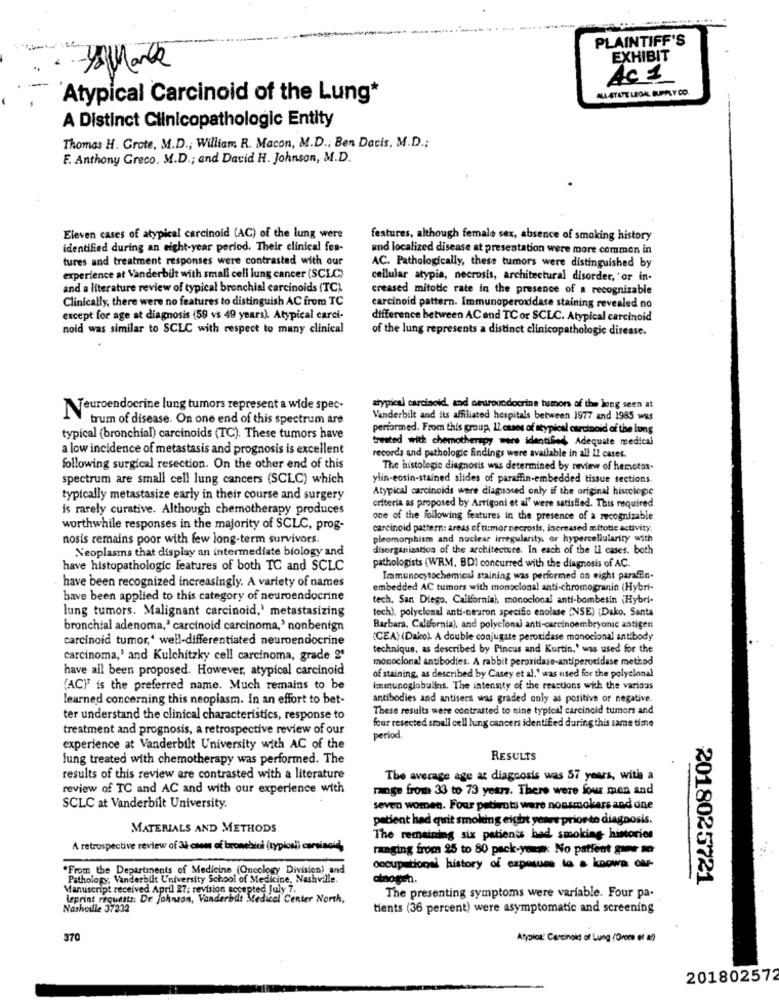
PLAINTIFF'S
EXHIBIT
AC 1
ALA STATE LEGAL SUPPLY CO.
Atypical Carcinoid of the Lung*
A Distinct Clinicopathologic Entity
Thomas H. Grote, M.D .; William R. Macon, M.D ., Ben Davis. M.D .;
F. Anthony Greco, M.D .; and David H. Johnson, M.D.
Eleven cases of atypical carcinoid (AC) of the lung were
features, although female sex, absence of smoking history
identified during an eight-year period. Their clinical fea-
und localized disease at presentation were more common in
tures and treatment responses were contrasted with our
AC. Pathologically, these tumors were distinguished by
experience at Vanderbilt with small cell lung cancer (SCLC)
cellular atypia, necrosis, architectural disorder, or in-
and a literature review of typical bronchial carcinoids (TC)
creased mitotic rate in the presence of a recognizable
Clinically, there were no features to distinguish AC from TC
carcinoid pattern. Immunoperoddase staining revealed no
except for age at diagnosis (59 vs 49 years). Atypical carci-
difference between AC and TC or SCLC. Atypical carcinoid
noid was similar to SCLC with respect to many clinical
of the lung represents a distinct clinicopathologic disease.
Neuroendocrine lung tumors represent a wide spec-
atypical carcinoid, and neuroundocrine tumors of the long seen at
trum of disease. On one end of this spectrum are
Vanderbilt and its affiliated hospitals between 1977 and 1985 was
performed. From this group, Il cuses of atypical carcinoid of the long
typical (bronchial) carcinoids (TC). These tumors have
treated with chemotherapy were identified, Adequate medical
a low incidence of metastasis and prognosis is excellent
records and pathologic findings were available in all Il cases.
following surgical resection. On the other end of this
The histologie diagnosis was determined by review of hemotox-
spectrum are small cell lung cancers (SCLC) which
ylin-eosin-stained slides of paraffin-embedded tissue sections.
Atypical carcinoids were diagnosed only if the original histologie
typically metastasize early in their course and surgery
is rarely curative. Although chemotherapy produces
criteria as proposed by Arrigoni et al" were satisfied. This required
one of the following features in the presence of a recognizable
worthwhile responses in the majority of SCLC, prog-
carcinoid pattern: areas of tumor necrosis, increased mitotic activity.
nosis remains poor with few long-term survivors.
pleomorphism and nuclear irregularity, or hypercellularity with
Neoplasms that display an intermediate biology and
disorganization of the architecture. In each of the Il cases. both
have histopathologic features of both TC and SCLC
pathologists (WRM. BD) concurred with the diagnosis of AC.
Immunocytochemical staining was performed on eight parafin-
have been recognized increasingly. A variety of names
embedded AC tumors with monoclonal anti-chromogranin (Hybri-
have been applied to this category of neuroendocrine
tech. San Diego, California), monoclonal anti-bombesin (Hybri-
lung tumors. Malignant carcinoid,' metastasizing
tech), polyclonal anti-nearon specific enolase INSE) {Dako. Santa
bronchial adenoma," carcinoid carcinoma,' nonbenign
Barbara, California), and polyclonal anti-carcinoembryonic antigen
carcinoid tumor,' well-differentiated neuroendocrine
(CEA) (Dako) A double conjugate peroxidase monoclonal antibody
technique, as described by Pincus and Kurtin.' was used for the
carcinoma,' and Kulchitzky cell carcinoma, grade 2º
monoclonal antibodies. A rabbit peroxidase-antiperoxidase method
have all been proposed. However, atypical carcinoid
of staining, as described by Casey et al.' was used for the polyclonal
(AC"" is the preferred name. Much remains to be
immunoglobulins. The intensity of the reactions with the various
learned concerning this neoplasm. In an effort to bet-
antibodies and antisera was graded only as positive or negative.
These results were contrasted to nine typical carcinoid tumors and
ter understand the clinical characteristics, response to
four resected small cell lung cancers identif ed during this same time
treatment and prognosis, a retrospective review of our
period
experience at Vanderbilt University with AC of the
lung treated with chemotherapy was performed. The
RESULTS
results of this review are contrasted with a literature
The average age at diagnosis was 57 years, with a
review of TC and AC and with our experience with
range from 33 to 73 years. There were four men and
SCLC at Vanderbilt University.
seven women. Four petiots were nonsmokers and one
patient had quit smoking eight years priorto diagnosis.
MATERIALS AND METHODS
The remaining six patients bed smoking historien
A retrospective review of al cam of bronebici (typios) corsinoid,
ranging from 25 to 80 pack-yonne: No patient gone to
.From the Departments of Medicine (Oncology Division) and
occupational history of exposure to a koowa car-
Pathology, Vanderbilt University School of Medicine, Nashville.
atnogen.
2018025721
Manuscript received April 27: revision accepted
The presenting symptoms were variable. Four pa-
leprint requests: De johnson, Vanderbilt Medical Center North,
Nashville 3723
tients (36 percent) were asymptomatic and screening
370
Atypick: Carcinoid of Lung (Drone et al)
201802572